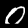
Label: 0